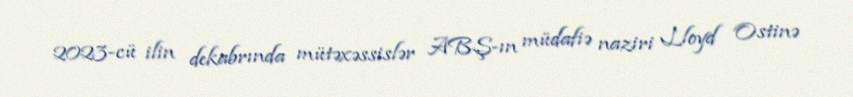
2023-cü ilin dekabrında mütəxəssislər ABŞ-ın müdafiə naziri Lloyd Ostinə